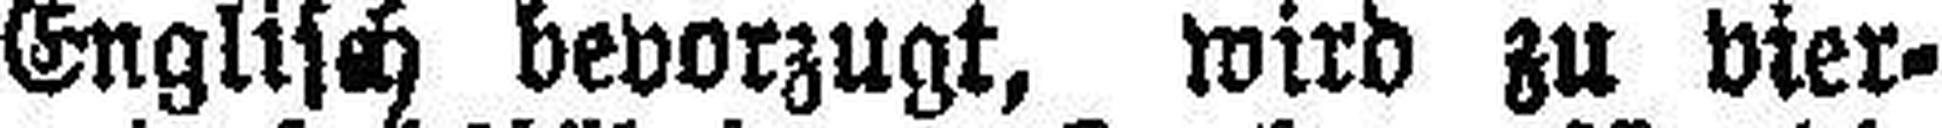
Englisch bevorzugt, wird zu vier-